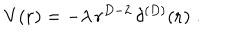
V ( { \bf r } ) = - \lambda \, r ^ { D - 2 } \, \delta ^ { ( D ) } ( { \bf r } ) \; .